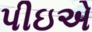
પીઇએ